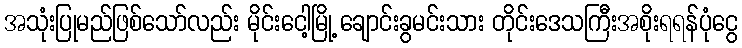
အသုံးပြုမည်ဖြစ်သော်လည်း မိုင်းငေါ့မြို့ ချောင်းခွမင်းသား တိုင်းဒေသကြီးအစိုးရရန်ပုံငွေ